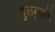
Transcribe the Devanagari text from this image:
बुलबुलांचे